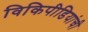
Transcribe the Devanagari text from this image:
विकिपीडियांची